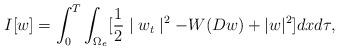
LaTeX: \begin{align*}I[w]=\int^T_0\int_{\Omega_e}[\frac{1}{2}\mid w_t\mid^2-W(Dw)+|w|^2]dxd\tau,\end{align*}